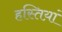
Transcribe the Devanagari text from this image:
हस्तिय़ां